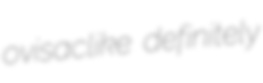
ovisaclike definitely